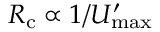
R _ { \mathrm { c } } \propto 1 / U _ { \operatorname* { m a x } } ^ { \prime }